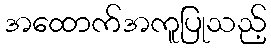
အထောက်အကူပြုသည့်